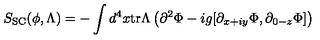
S _ { \mathrm { S C } } ( \phi , \Lambda ) = - \int d ^ { 4 } x \mathrm { t r } \Lambda \left( \partial ^ { 2 } \Phi - i g [ \partial _ { x + i y } \Phi , \partial _ { 0 - z } \Phi ] \right)